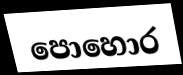
පොහොර